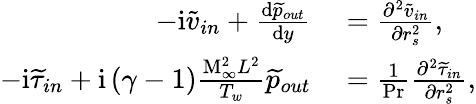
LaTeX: \begin{array}{rl}{-\mathrm{i}\widetilde{v}_{in}+\frac{\mathrm{d}\widetilde{p}_{out}}{\mathrm{d}y}}&{{}=\frac{\partial^{2}\widetilde{v}_{in}}{\partial r_{s}^{2}},}\\ {-\mathrm{i}\widetilde{\tau}_{in}+\mathrm{i}\left(\gamma-1\right)\frac{\mathrm{M}_{\infty}^{2}L^{2}}{T_{w}}\widetilde{p}_{out}}&{{}=\frac{1}{\mathrm{Pr}}\frac{\partial^{2}\widetilde{\tau}_{in}}{\partial r_{s}^{2}},}\end{array}